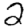
Digit: 2